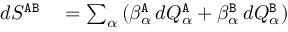
\begin{array} { r l } { d S ^ { { \tt A } { \tt B } } } & { { } = \sum _ { \alpha } \left( \beta _ { \alpha } ^ { { \tt A } } \, d { Q } _ { \alpha } ^ { { \tt A } } + \beta _ { \alpha } ^ { { \tt B } } \, d { Q } _ { \alpha } ^ { { \tt B } } \right) } \end{array}